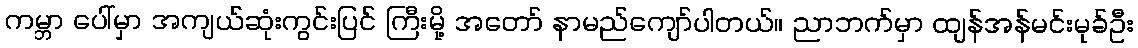
ကမ္ဘာ ပေါ်မှာ အကျယ်ဆုံးကွင်းပြင် ကြီးမို့ အတော် နာမည်ကျော်ပါတယ်။ ညာဘက်မှာ ထျန်အန်မင်းမုခ်ဦး